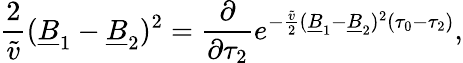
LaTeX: \frac{2}{\tilde{v}}(\underline{{{B}}}_{1}-\underline{{{B}}}_{2})^{2}=\frac{\partial}{\partial\tau_{2}}e^{-\frac{\tilde{v}}{2}(\underline{{{B}}}_{1}-\underline{{{B}}}_{2})^{2}(\tau_{0}-\tau_{2})},